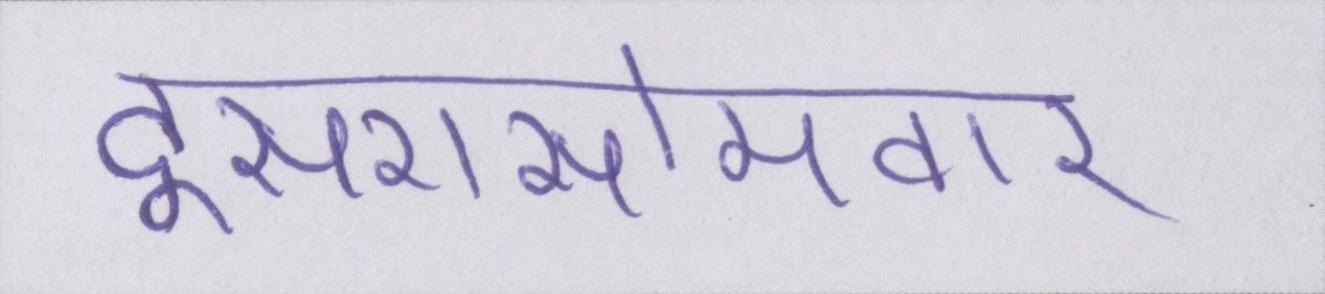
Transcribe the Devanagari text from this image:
दूसरासोमवार